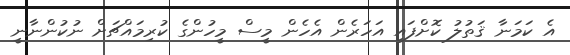
އެ ކަމަނާ ޤަތުލު ކޮށްފައި އަހަރެން އެހެން މީސް މީހުންގެ ކުރިމައްޗަށް ނުކުންނާނީ